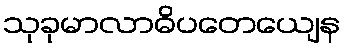
သုခုမာလာဓိပတေယျေန